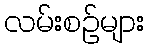
လမ်းစဉ်များ